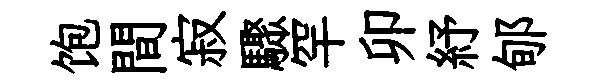
饱間寂驟罕卯紓郇